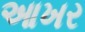
આખર